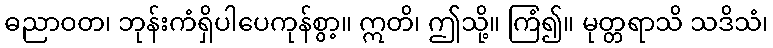
ဓညာဝတ၊ ဘုန်းကံရှိပါပေကုန်စွာ့။ ဣတိ၊ ဤသို့။ ကြံ၍။ မုတ္တရာသိ သဒိသံ၊